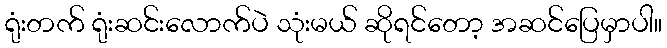
ရုံးတက် ရုံးဆင်းလောက်ပဲ သုံးမယ် ဆိုရင်တော့ အဆင်ပြေမှာပါ။